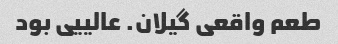
طعم واقعی گیلان. عالییی بود